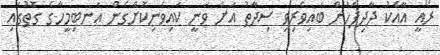
ރޯއީ އާއެކު ދާދިފަހުން ބައިވެރިވި ސިދާތު އަށް ވަނީ ކައިވެނިކޮށްގެން އަނބިމީހާގެ ގޮތުގައި